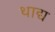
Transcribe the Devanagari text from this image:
थाद्य